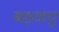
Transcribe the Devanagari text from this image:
बड़कए